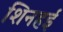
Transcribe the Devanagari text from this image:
शिनहई